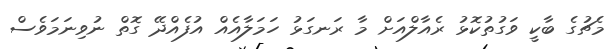
މެޗުގެ ބާކީ ވަގުތުކޮޅު ރެއާލްއަށް މާ ރަނގަޅު ހަމަލާއެއް އުފެއްދޭ ގޮތް ނުވިނަމަވެސް